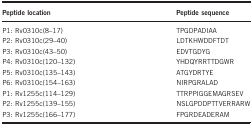
<table><thead><tr><td><b>Peptide location</b></td><td><b>Peptide sequence</b></td></tr></thead><tbody><tr><td>P1: Rv0310c(8–17)</td><td>TPGDPADIAA</td></tr><tr><td>P2: Rv0310c(29–40)</td><td>LDTKHWDDFTDT</td></tr><tr><td>P3: Rv0310c(43–50)</td><td>EDVTGDYG</td></tr><tr><td>P4: Rv0310c(120–132)</td><td>YHDQYRRTTDGWR</td></tr><tr><td>P5: Rv0310c(135–143)</td><td>ATGYDRTYE</td></tr><tr><td>P6: Rv0310c(154–163)</td><td>NIRPGRALAD</td></tr><tr><td>P1: Rv1255c(114–129)</td><td>TTRPPIGGEMAGRSEV</td></tr><tr><td>P2: Rv1255c(139–155)</td><td>NSLGPDDPTTVERRARW</td></tr><tr><td>P3: Rv1255c(166–177)</td><td>FPGRDEADERAM</td></tr></tbody></table>